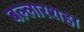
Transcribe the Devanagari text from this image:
बल्लारशहा